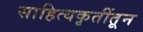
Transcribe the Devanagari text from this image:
साहित्यकृतींतून